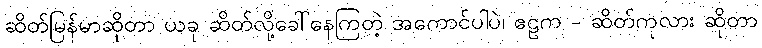
ဆိတ်မြန်မာဆိုတာ ယခု ဆိတ်လို့ခေါ်နေကြတဲ့ အကောင်ပါပဲ၊ ဧဠက - ဆိတ်ကုလား ဆိုတာ